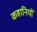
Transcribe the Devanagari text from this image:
कहानियोँ